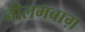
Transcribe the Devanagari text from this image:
नीलमबाग़